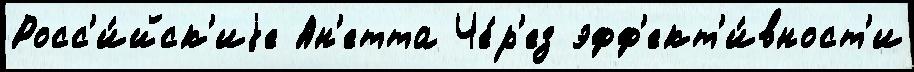
Росс'и́йск'иjе Ан'етта Че́р'ез эфф'ект'и́вност'и